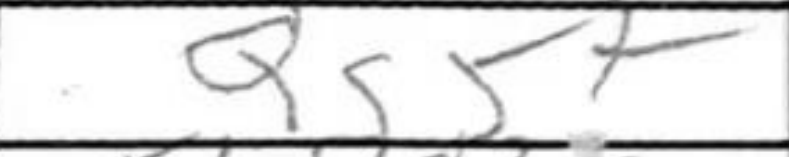
Transcription: Qg5+